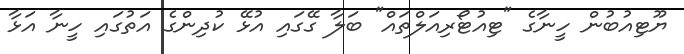
ޔޫޓިއުބުން ހީނާގެ "ޓިއުޓޯރިއަލްތައް" ބަލާ ގޭގައި އުޅޭ ކުދިންގެ އަތުގައި ހީނާ އަޅާ